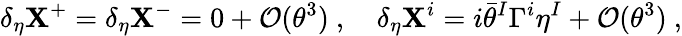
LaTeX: \delta_{\eta}\mathbf{X}^{+}=\delta_{\eta}\mathbf{X}^{-}=0+{\mathcal{O}}(\theta^{3})~,~~~~\delta_{\eta}\mathbf{X}^{i}=i\bar{{\theta}}^{I}\Gamma^{i}\eta^{I}+{\mathcal{O}}(\theta^{3})~,